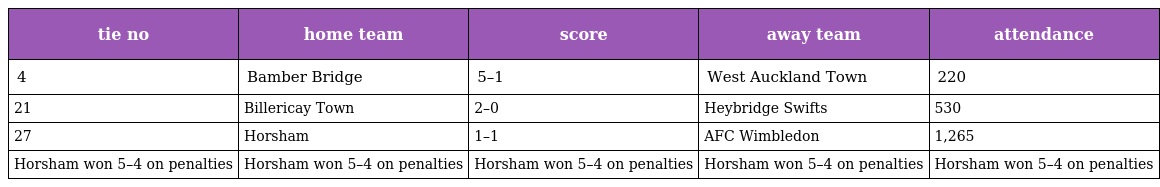
| tie no | home team | score | away team | attendance |
 | --- | --- | --- | --- | --- |
 | 4 | Bamber Bridge | 5–1 | West Auckland Town | 220 |
 | 21 | Billericay Town | 2–0 | Heybridge Swifts | 530 |
 | 27 | Horsham | 1–1 | AFC Wimbledon | 1,265 |
 | Horsham won 5–4 on penalties | Horsham won 5–4 on penalties | Horsham won 5–4 on penalties | Horsham won 5–4 on penalties | Horsham won 5–4 on penalties |